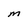
Character: M